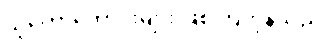
သူတော်ကောင်းများ ဖြစ်ကြကုန်သည်။